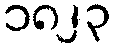
၁၈၂၃